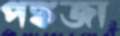
পঙ্কজা